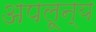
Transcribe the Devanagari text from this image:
अपलून्य